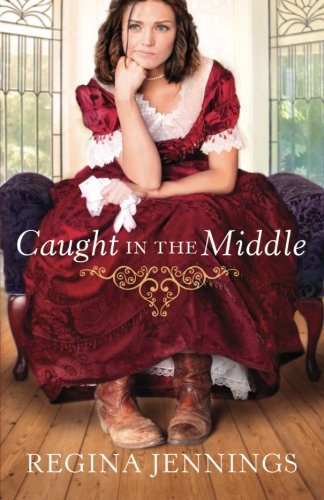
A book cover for Caught in the Middle; Regina Jennings; Romance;